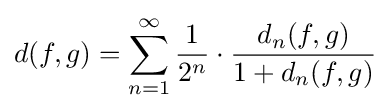
d(f,g)=\sum _{n=1}^{\infty }{\frac {1}{2^{n}}}\cdot {\frac {d_{n}(f,g)}{1+d_{n}(f,g)}}